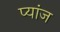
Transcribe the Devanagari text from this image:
प्यांज